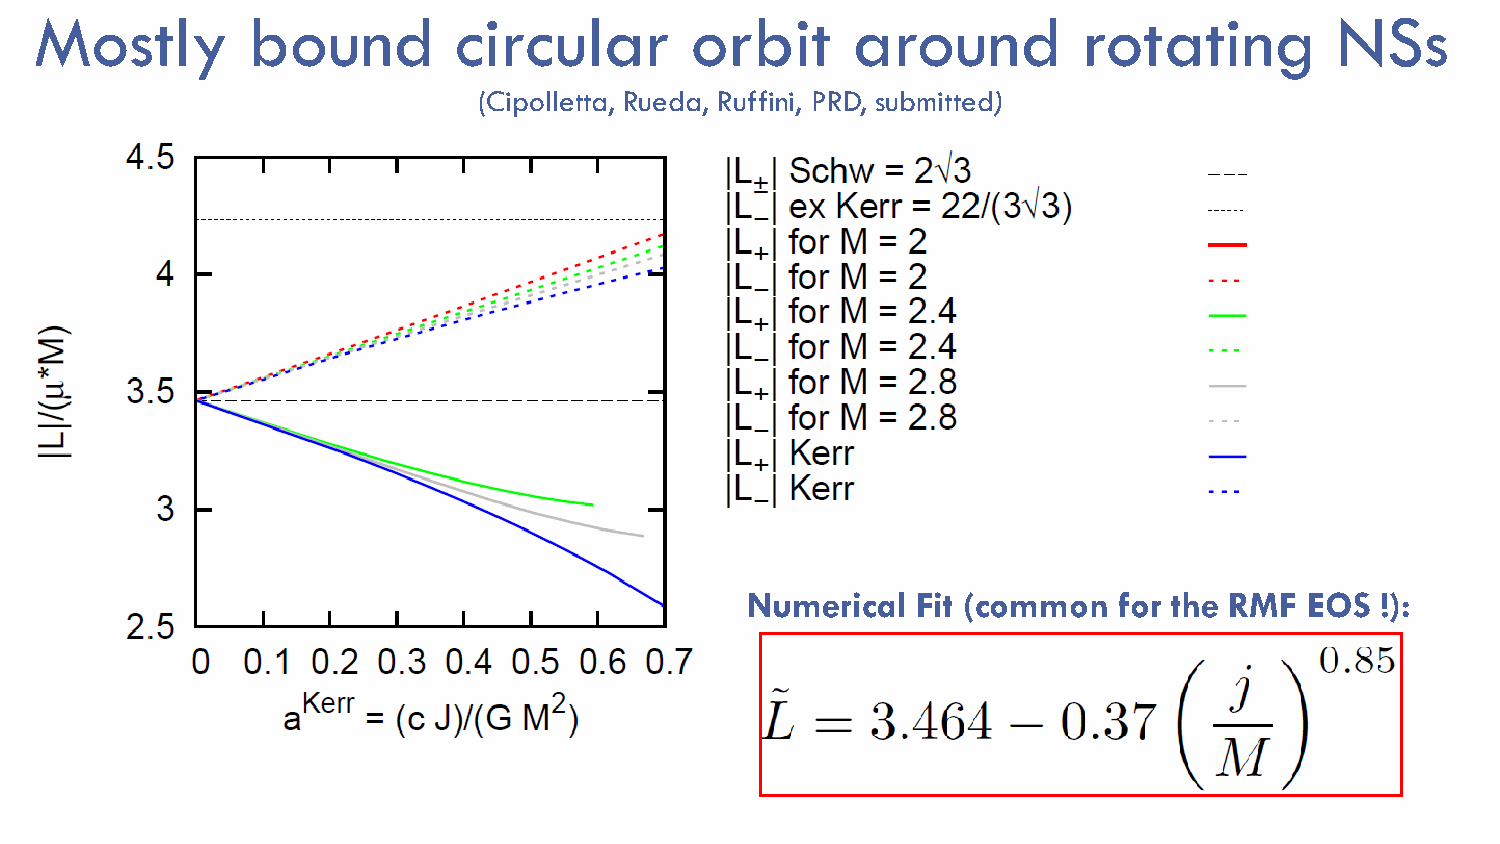
Mostly        bound         circular        orbit     around          rotating        NSs
 (Cipolletta, Rueda, Ruffini, PRD, submitted)
 Numerical   Fit (common  for the RMF  EOS !):